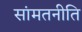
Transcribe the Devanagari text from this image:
सांमतनीति